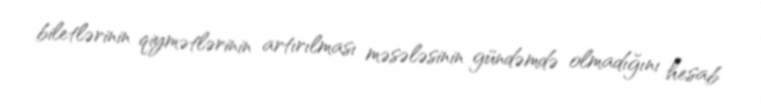
biletlərinin qiymətlərinin artırılması məsələsinin gündəmdə olmadığını hesab